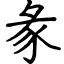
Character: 彖